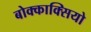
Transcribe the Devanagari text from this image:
बोक्काक्सियो